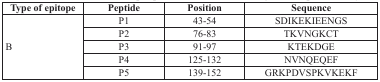
<table><thead><tr><td><b>Type of epitope</b></td><td><b>Peptide</b></td><td><b>Position</b></td><td><b>Sequence</b></td></tr></thead><tbody><tr><td rowspan="5">B</td><td>P1</td><td>43-54</td><td>SDIKEKIEENGS</td></tr><tr><td>P2</td><td>76-83</td><td>TKVNGKCT</td></tr><tr><td>P3</td><td>91-97</td><td>KTEKDGE</td></tr><tr><td>P4</td><td>125-132</td><td>NVNQEQEF</td></tr><tr><td>P5</td><td>139-152</td><td>GRKPDVSPKVKEKF</td></tr></tbody></table>